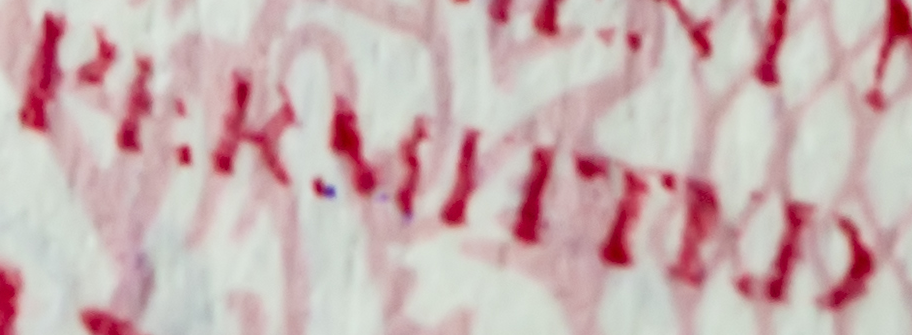
PERMITTED